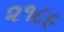
૨૧૮૯